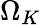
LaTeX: \Omega_{K}